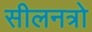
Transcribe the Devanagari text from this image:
सीलनत्रो